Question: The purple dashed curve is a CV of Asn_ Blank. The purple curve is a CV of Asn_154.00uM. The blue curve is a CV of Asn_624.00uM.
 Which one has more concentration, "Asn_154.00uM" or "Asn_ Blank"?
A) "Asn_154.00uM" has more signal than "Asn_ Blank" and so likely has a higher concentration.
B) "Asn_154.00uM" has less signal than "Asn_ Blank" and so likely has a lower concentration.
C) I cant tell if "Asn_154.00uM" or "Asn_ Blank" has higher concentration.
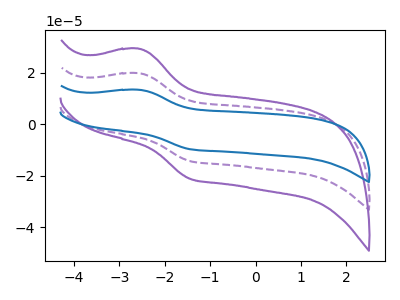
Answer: <think>The purple dashed curve "Asn_ Blank" has an anodic peak at (-2.60V, 19.90uA) and a cathodic peak at (-1.45V, -14.35uA). The purple curve "Asn_154.00uM" has an anodic peak at (-2.60V, 29.45uA) and a cathodic peak at (-1.45V, -21.25uA). The blue curve "Asn_624.00uM" has an anodic peak at (-2.60V, 39.85uA) and a cathodic peak at (-1.45V, -28.75uA).
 All the peaks in "Asn_154.00uM" have a peak in "Asn_ Blank" at the same potential. Every peak in "Asn_154.00uM" is higher than every peak in "Asn_ Blank".</think>
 <answer>A) "Asn_154.00uM" has more signal than "Asn_ Blank" and so likely has a higher concentration.</answer>
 <eval>A</eval>